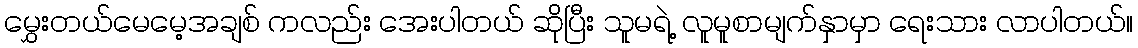
မွှေးတယ်မေမေ့အချစ် ကလည်း အေးပါတယ် ဆိုပြီး သူမရဲ့ လူမူစာမျက်နှာမှာ ရေးသား လာပါတယ်။